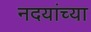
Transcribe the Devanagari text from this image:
नदयांच्या